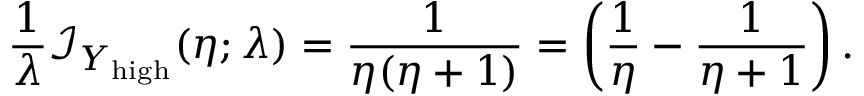
\frac { 1 } { \lambda } \mathcal { I } _ { { Y _ { \mathrm { h i g h } } } } ( \eta ; \lambda ) = \frac { 1 } { \eta ( \eta + 1 ) } = \left( \frac { 1 } { \eta } - \frac { 1 } { \eta + 1 } \right) .